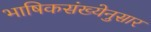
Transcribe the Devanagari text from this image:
भाषिकसंख्येनुसार